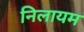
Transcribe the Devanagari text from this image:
निलायम